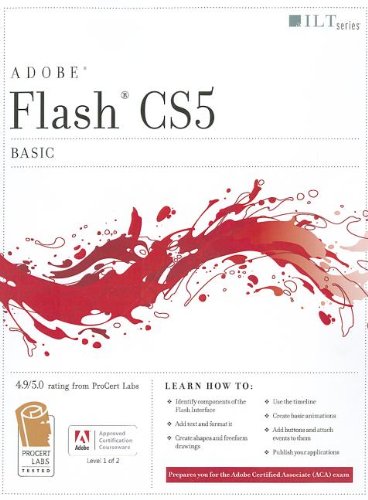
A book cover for Flash CS5: Basic, ACA Edition [With CDROM] (ILT); Computers & Technology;